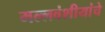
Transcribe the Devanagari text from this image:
मल्लवंशीयांचे